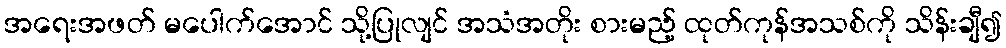
အရေးအဖတ် မပေါက်အောင် သို့ပြုလျင် အသံအတိုး စားမည့် ထုတ်ကုန်အသစ်ကို သိန်းချီ၍